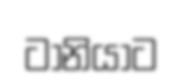
ටානියාට